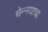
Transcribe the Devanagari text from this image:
चेन्नयाचा